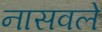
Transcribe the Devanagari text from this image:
नासवले